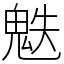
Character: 䰡